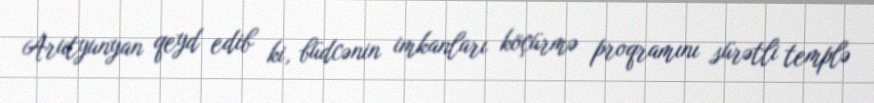
Arutyunyan qeyd edib ki, büdcənin imkanları köçürmə proqramını sürətli templə